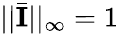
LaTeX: ||\bar{\mathbf{I}}||_{\infty}=1